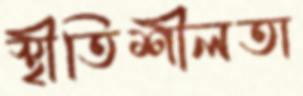
স্থীতিশীলতা